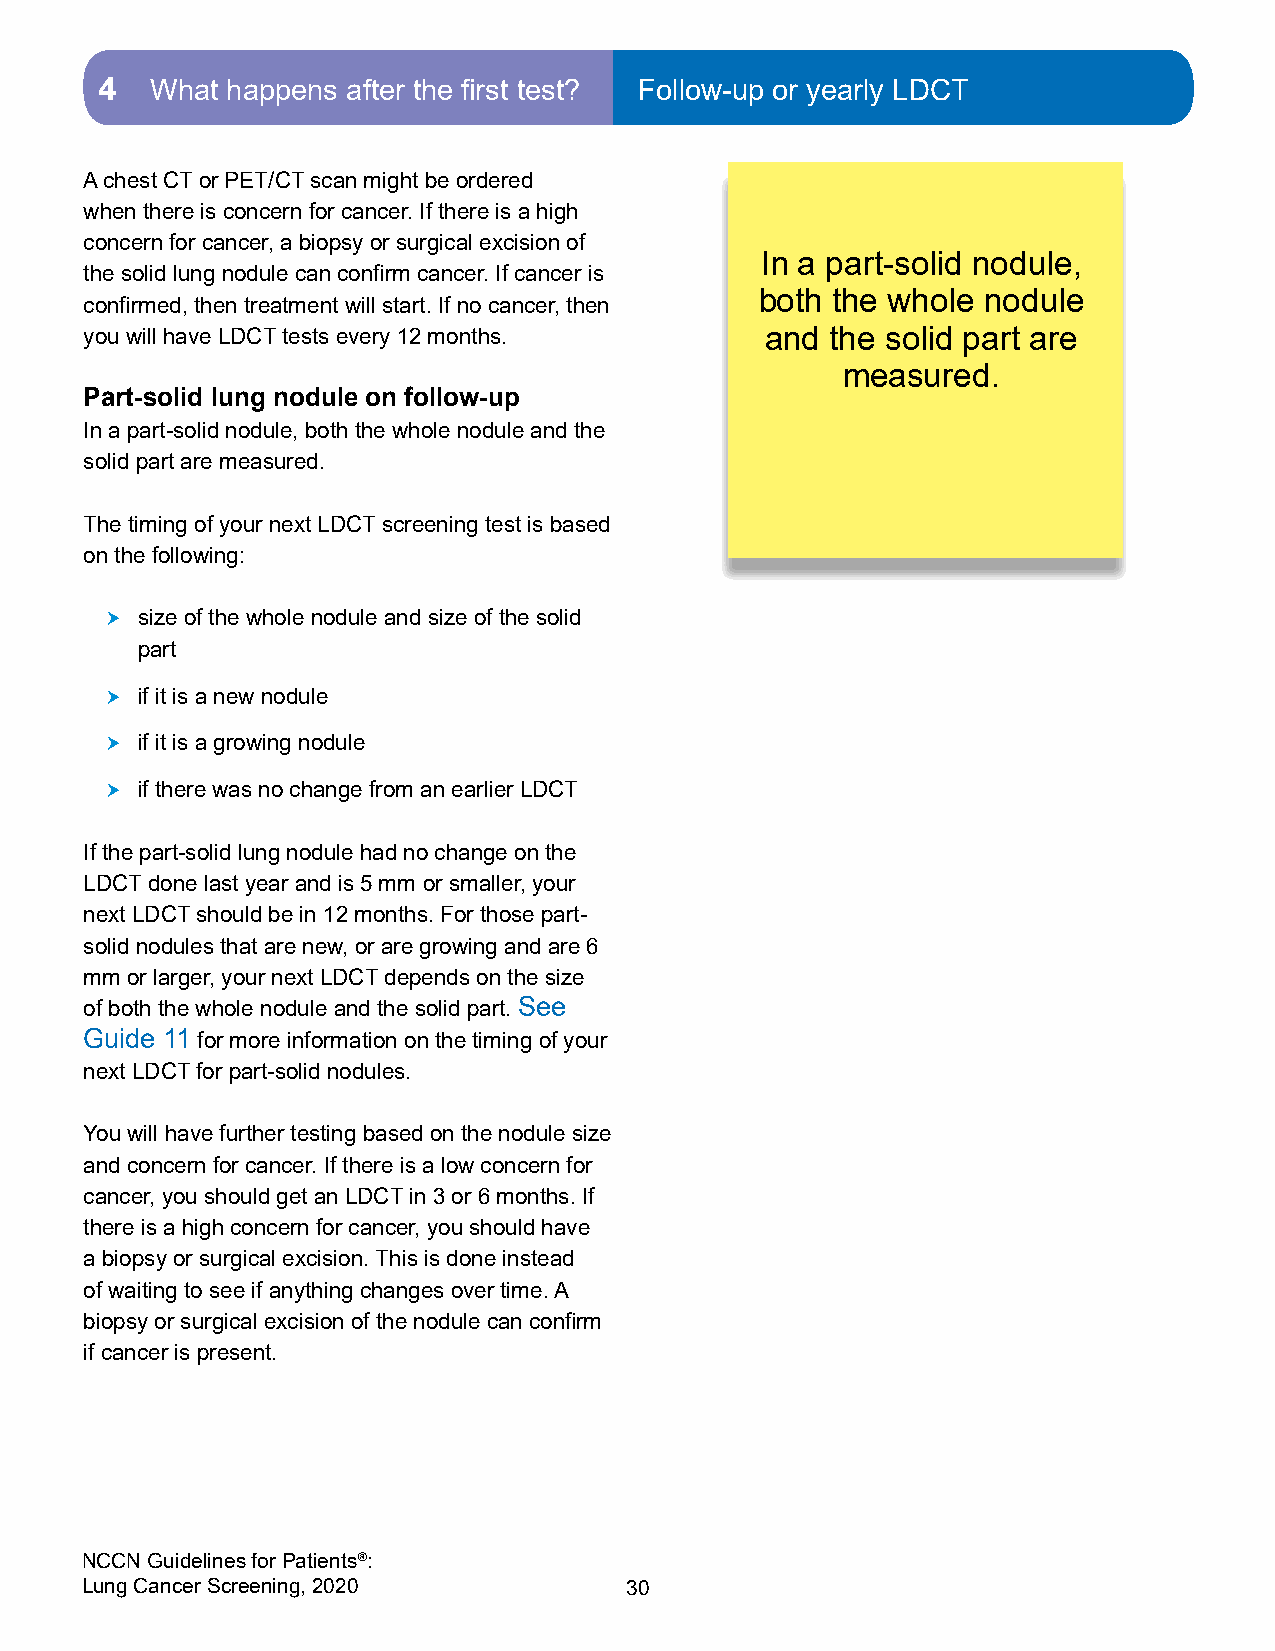
4  What happens after the first test? Follow-up or yearly LDCT
 A chest CT or PET/CT scan might be ordered
 when there is concern for cancer. If there is a high
 concern for cancer, a biopsy or surgical excision of
 In a part-solid nodule,
 the solid lung nodule can confirm cancer. If cancer is
 both the whole nodule
 confirmed, then treatment will start. If no cancer, then
 you will have LDCT tests every 12 months.    and the solid part are
 measured.
 Part-solid lung nodule on follow-up
 In a part-solid nodule, both the whole nodule and the
 solid part are measured.
 The timing of your next LDCT screening test is based
 on the following:
  size of the whole nodule and size of the solid
 part
  if it is a new nodule
  if it is a growing nodule
  if there was no change from an earlier LDCT
 If the part-solid lung nodule had no change on the
 LDCT done last year and is 5 mm or smaller, your
 next LDCT should be in 12 months. For those part-
 solid nodules that are new, or are growing and are 6
 mm or larger, your next LDCT depends on the size
 of both the whole nodule and the solid part. See
 Guide 11 for more information on the timing of your
 next LDCT for part-solid nodules.
 You will have further testing based on the nodule size
 and concern for cancer. If there is a low concern for
 cancer, you should get an LDCT in 3 or 6 months. If
 there is a high concern for cancer, you should have
 a biopsy or surgical excision. This is done instead
 of waiting to see if anything changes over time. A
 biopsy or surgical excision of the nodule can confirm
 if cancer is present.
 NCCN Guidelines for Patients®:
 Lung Cancer Screening, 2020         30